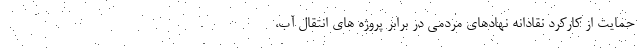
حمایت از کارکرد نقادانه نهادهای مردمی در برابر پروژه های انتقال آب،